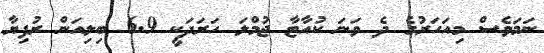
ނަމަވެސް މިއަހަރުގެ ދެ ވަނަ ކުއާޓާ ޖުމްލަ ހަރަދަކީ 6.9 ބިލިއަން ރުފިޔާ